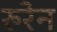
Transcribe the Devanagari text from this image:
रुरेन